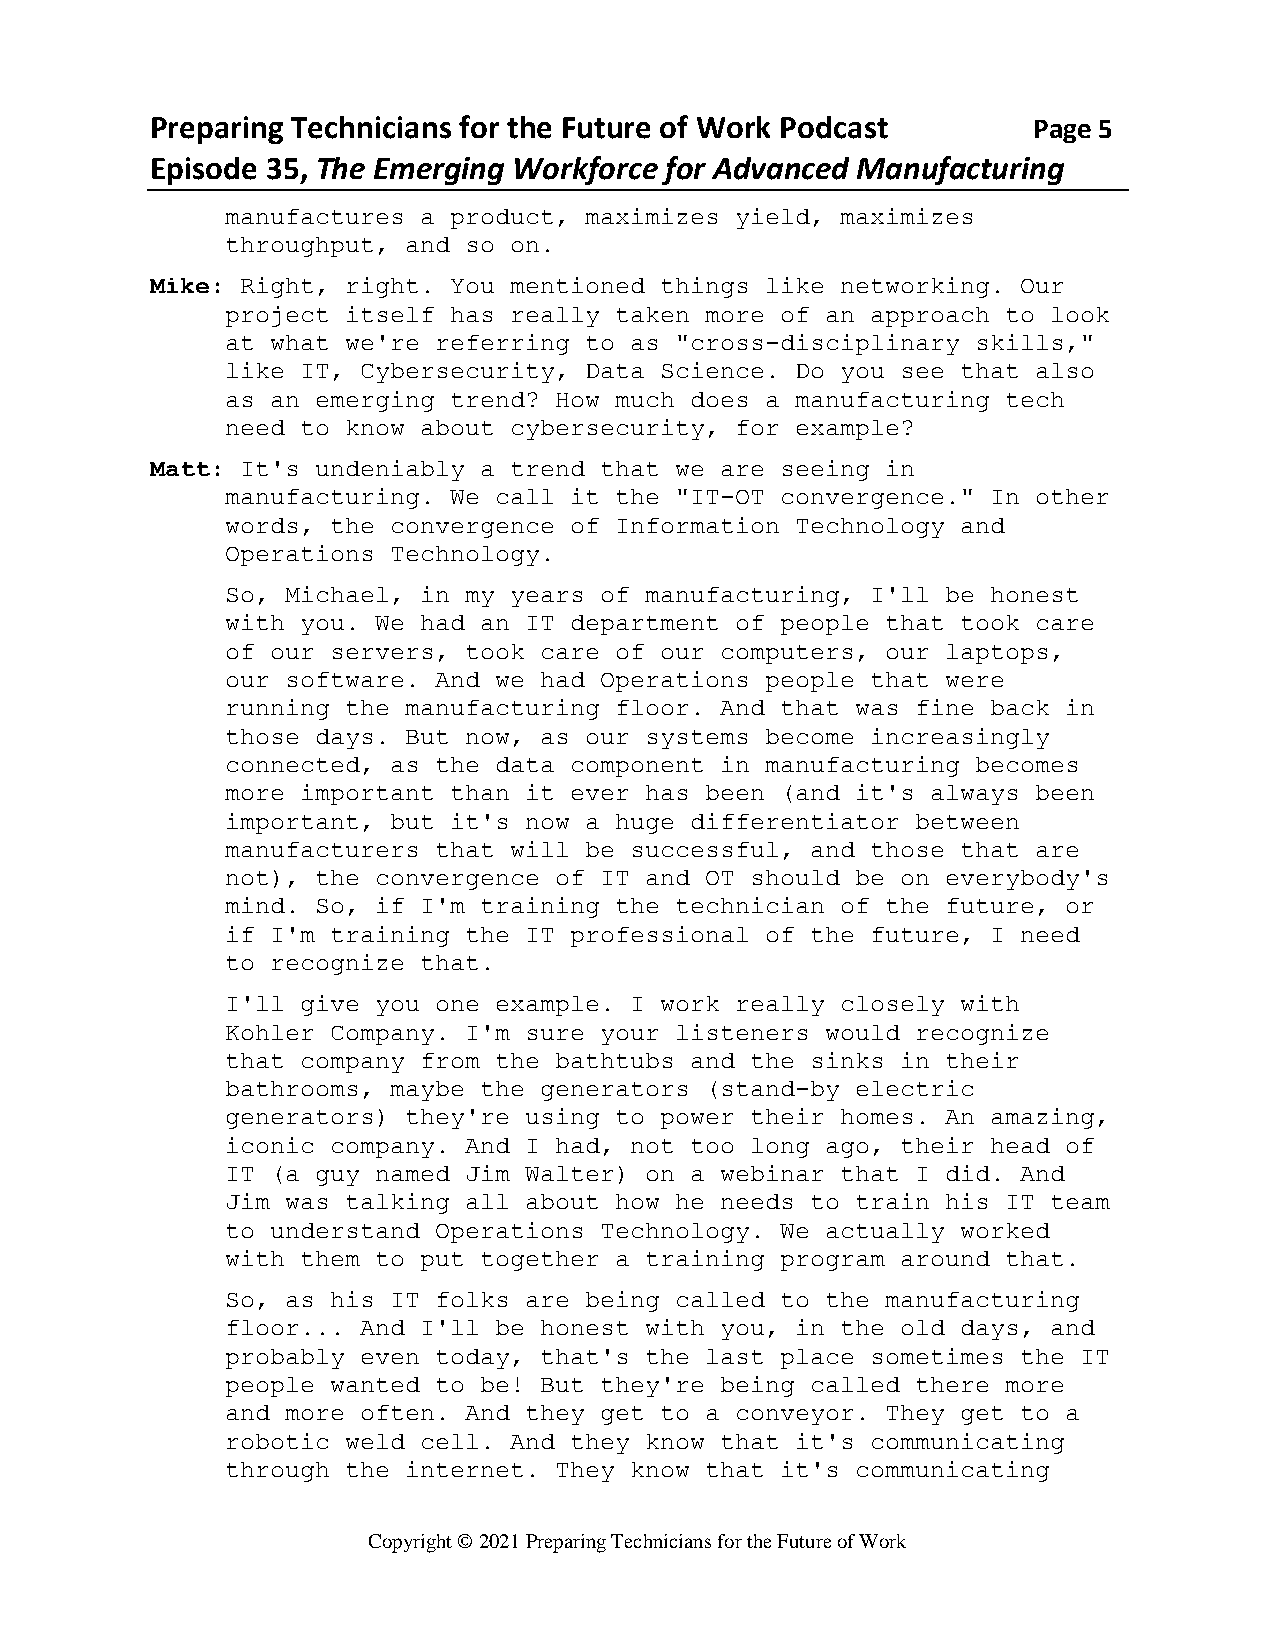
Preparing Technicians for the Future of Work Podcast      Page 5
 Episode 35, The Emerging Workforce for Advanced Manufacturing
 manufactures a product, maximizes yield, maximizes
 throughput, and so on.
 Mike: Right, right. You mentioned things like networking. Our
 project itself has really taken more of an approach to look
 at what we're referring to as "cross-disciplinary skills,"
 like IT, Cybersecurity, Data Science. Do you see that also
 as an emerging trend? How much does a manufacturing tech
 need to know about cybersecurity, for example?
 Matt: It's undeniably a trend that we are seeing in
 manufacturing. We call it the "IT-OT convergence." In other
 words, the convergence of Information Technology and
 Operations Technology.
 So, Michael, in my years of manufacturing, I'll be honest
 with you. We had an IT department of people that took care
 of our servers, took care of our computers, our laptops,
 our software. And we had Operations people that were
 running the manufacturing floor. And that was fine back in
 those days. But now, as our systems become increasingly
 connected, as the data component in manufacturing becomes
 more important than it ever has been (and it's always been
 important, but it's now a huge differentiator between
 manufacturers that will be successful, and those that are
 not), the convergence of IT and OT should be on everybody's
 mind. So, if I'm training the technician of the future, or
 if I'm training the IT professional of the future, I need
 to recognize that.
 I'll give you one example. I work really closely with
 Kohler Company. I'm sure your listeners would recognize
 that company from the bathtubs and the sinks in their
 bathrooms, maybe the generators (stand-by electric
 generators) they're using to power their homes. An amazing,
 iconic company. And I had, not too long ago, their head of
 IT (a guy named Jim Walter) on a webinar that I did. And
 Jim was talking all about how he needs to train his IT team
 to understand Operations Technology. We actually worked
 with them to put together a training program around that.
 So, as his IT folks are being called to the manufacturing
 floor... And I'll be honest with you, in the old days, and
 probably even today, that's the last place sometimes the IT
 people wanted to be! But they're being called there more
 and more often. And they get to a conveyor. They get to a
 robotic weld cell. And they know that it's communicating
 through the internet. They know that it's communicating
 Copyright © 2021 Preparing Technicians for the Future of Work